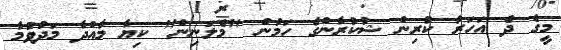
މީގެ ދެ އަހަރު ކުރިން ޝުކުރާންގެ ހަމުން "މެލަނިން" ކިޔާ މާއްދާ މަދުވުމާ